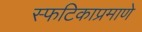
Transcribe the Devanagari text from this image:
स्फटिकाप्रमाणे